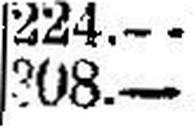
308.—